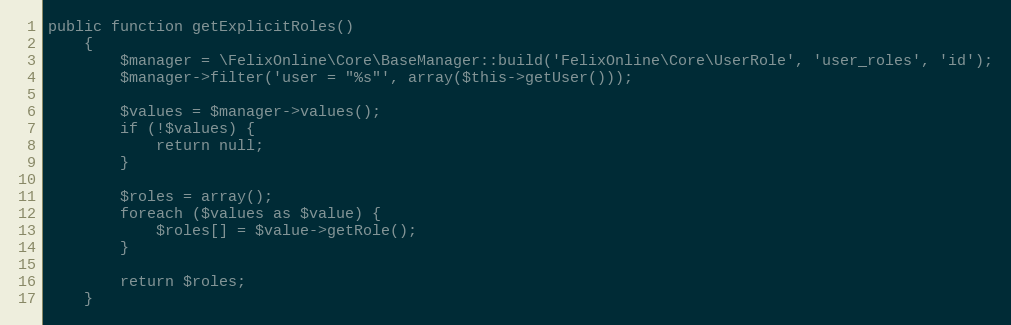
Language: PHP
public function getExplicitRoles()
    {
        $manager = \FelixOnline\Core\BaseManager::build('FelixOnline\Core\UserRole', 'user_roles', 'id');
        $manager->filter('user = "%s"', array($this->getUser()));

        $values = $manager->values();
        if (!$values) {
            return null;
        }

        $roles = array();
        foreach ($values as $value) {
            $roles[] = $value->getRole();
        }

        return $roles;
    }